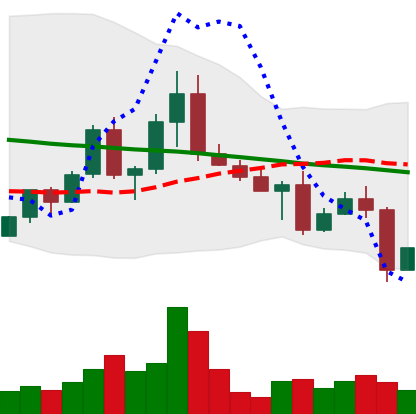
Ticker: EOS-USD
Chart end date: 2022-05-01
Forward return: -3.919%
Label: down_3_5